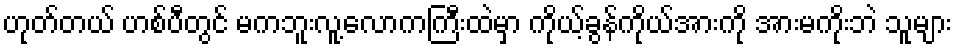
ဟုတ်တယ် ဟစ်ပီတွင် မကဘူးလူ့လောကကြီးထဲမှာ ကိုယ့်ခွန်ကိုယ်အားကို အားမကိုးဘဲ သူများ